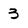
Character: 3